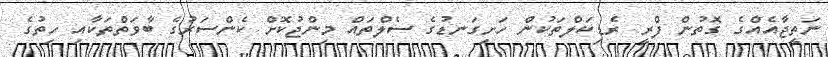
ނަތީޖާއެއްގެ ގޮތުން ފްރީ ރެޑިކަލްތަކުން ހަށިގަނޑުގެ ސެލްތައް މިންޖުކޮށް ކެންސަރުގެ ބާވަތްތަކާއި ހިތުގެ